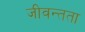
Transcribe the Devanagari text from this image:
जीवन्‍तता